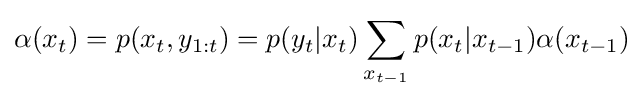
\alpha (x_{t})=p(x_{t},y_{1:t})=p(y_{t}|x_{t})\sum _{x_{t-1}}p(x_{t}|x_{t-1})\alpha (x_{t-1})